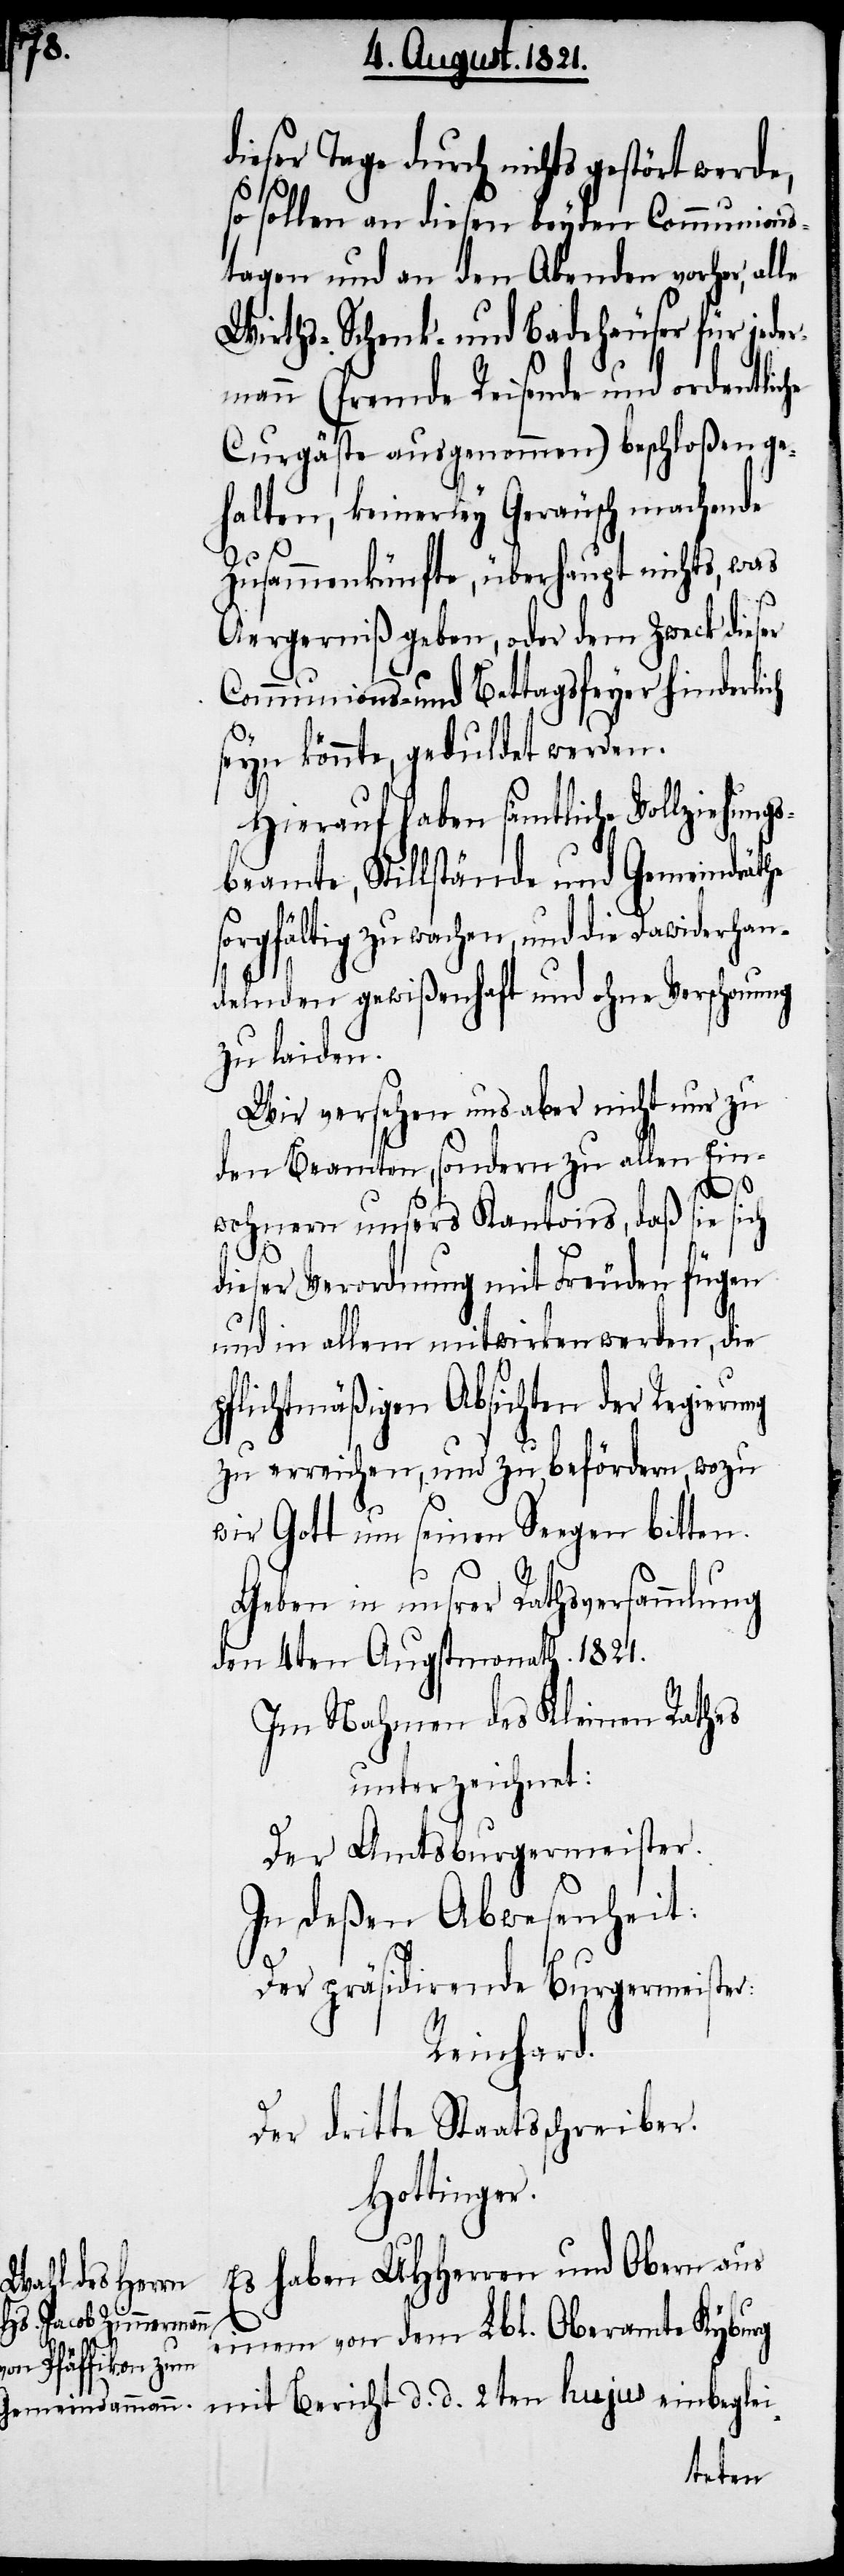
dieser Tage durch nichts gestört werde,
so sollen an diesen beyden Communions¬
tagen und an den Abenden vorher, al¬
Wirths- Schenk und Badehäuser für jede¬
rmann (fremde Reisende und ordentliche
Curgäste ausgenommen) beschloßen ge¬
halten, keinerley Geräusch machende
Zusammenkünfte, überhaupt nichts, was
Es
Aergerniß geben, oder dem Zweck dieser
Communions- und Bettagsfeyer hinderlich
seyn könnte, geduldet werden.
Hierauf haben sämtliche Vollzieh¬
beamte, Stillstände und Gemeindräthe
sorgfältig zu wachen, und die Dawiderhan¬
delnden gewißenhaft und ohne Verschonung
zu laiden.
Wir versehen uns aber nicht nur zu
den Beamten, sondern zu allen Ein¬
2ten
wohnern unsers Kantons, daß sie sich
dieser Verordnung mit Freuden fügen
und in allem mitwirken werden, die
pflichtmäßigen Absichten der Regierung
zu erreichen, und zu befördern, wozu
wir Gott um seinen Seegen bitten.
Geben in unsrer Rathsversammlung
den 4ten Augustmonath. 1821.
Im Nahmen des Kleinen Rathes
unterzeichnet:
Der Amtsburgermeister.
In deßen Abwesenheit:
Der präsidirende Burgermeister:
Reinhard.
Der Dritte Staatsschreiber.
Hottinger.
einem von dem Lbl. Oberamte Kyburg
Bericht